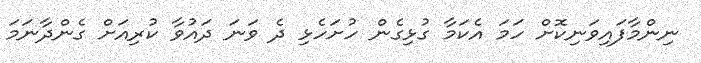
ނިންމާފައިވަނިކޮށް ހަމަ އެކަމާ ގުޅިގެން ހުށަހެޅި ދެ ވަނަ ދައުވާ ކުރިއަށް ގެންދާނަމަ